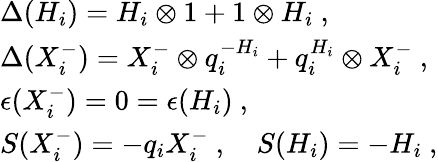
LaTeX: \begin{array}{l}{{\Delta(H_{i})=H_{i}\otimes 1+1\otimes H_{i}~,}}\\ {{\Delta(X_{i}^{-})=X_{i}^{-}\otimes q_{i}^{-H_{i}}+q_{i}^{H_{i}}\otimes X_{i}^{-}~,}}\\ {{\epsilon(X_{i}^{-})=0=\epsilon(H_{i})~,}}\\ {{S(X_{i}^{-})=-q_{i}X_{i}^{-}~,~~~~S(H_{i})=-H_{i}~,}}\end{array}